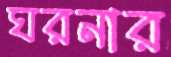
ঘরনার